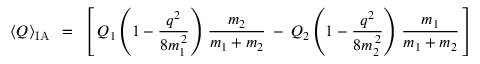
\left< Q \right> _ { \mathrm { I A } } \: \: = \: \: \left[ \, Q _ { 1 } \left( 1 - \frac { q ^ { 2 } } { 8 m _ { 1 } ^ { \, 2 } } \right) \, \frac { m _ { 2 } } { m _ { 1 } + m _ { 2 } } \: - \: Q _ { 2 } \left( 1 - \frac { q ^ { 2 } } { 8 m _ { 2 } ^ { \, 2 } } \right) \, \frac { m _ { 1 } } { m _ { 1 } + m _ { 2 } } \, \right]